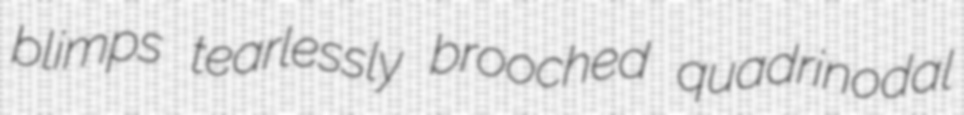
blimps tearlessly brooched quadrinodal